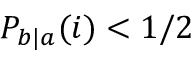
P _ { b | a } ( i ) < 1 / 2